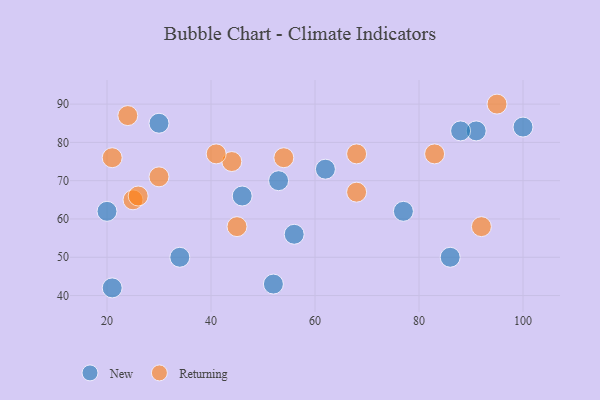
{"axis": {"x": "GDP", "y": "Life Expectancy"}, "legend": ["New", "Returning"], "data": [{"x": "56", "y": 56, "type": "New"}, {"x": "46", "y": 66, "type": "New"}, {"x": "86", "y": 50, "type": "New"}, {"x": "52", "y": 43, "type": "New"}, {"x": "34", "y": 50, "type": "New"}, {"x": "100", "y": 84, "type": "New"}, {"x": "77", "y": 62, "type": "New"}, {"x": "62", "y": 73, "type": "New"}, {"x": "91", "y": 83, "type": "New"}, {"x": "53", "y": 70, "type": "New"}, {"x": "30", "y": 85, "type": "New"}, {"x": "20", "y": 62, "type": "New"}, {"x": "21", "y": 42, "type": "New"}, {"x": "88", "y": 83, "type": "New"}, {"x": "25", "y": 65, "type": "Returning"}, {"x": "44", "y": 75, "type": "Returning"}, {"x": "41", "y": 77, "type": "Returning"}, {"x": "24", "y": 87, "type": "Returning"}, {"x": "68", "y": 77, "type": "Returning"}, {"x": "95", "y": 90, "type": "Returning"}, {"x": "92", "y": 58, "type": "Returning"}, {"x": "45", "y": 58, "type": "Returning"}, {"x": "54", "y": 76, "type": "Returning"}, {"x": "30", "y": 71, "type": "Returning"}, {"x": "26", "y": 66, "type": "Returning"}, {"x": "68", "y": 67, "type": "Returning"}, {"x": "21", "y": 76, "type": "Returning"}, {"x": "83", "y": 77, "type": "Returning"}]}